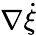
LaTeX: \nabla\dot{\xi}